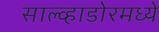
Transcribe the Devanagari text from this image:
साल्व्हाडोरमध्ये